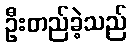
ဦးတည်ခဲ့သည်